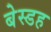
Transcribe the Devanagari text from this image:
बेस्डह